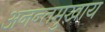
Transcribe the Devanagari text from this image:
अनन्तमुखाय